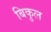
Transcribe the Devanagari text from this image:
बिकुल